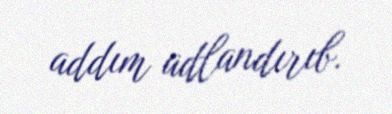
addım adlandırıb.